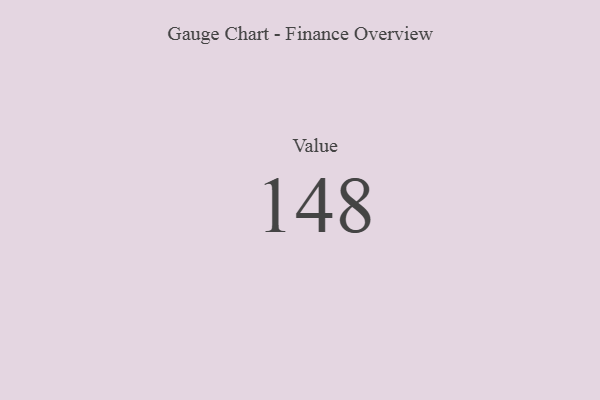
{"axis": {"x": "Metric", "y": "Value"}, "legend": [""], "data": [{"x": "Value", "y": 148, "type": ""}]}